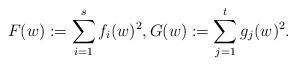
LaTeX: \begin{align*}F(w):=\sum_{i=1}^s f_i(w)^2, G(w):=\sum_{j=1}^t g_j(w)^2.\end{align*}